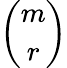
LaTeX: \binom{m}{r}